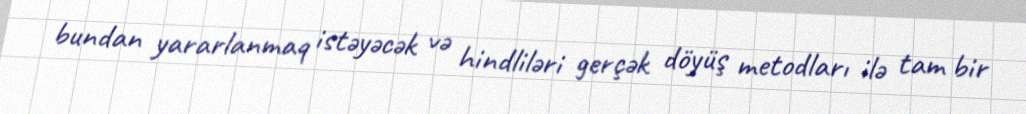
bundan yararlanmaq istəyəcək və hindliləri gerçək döyüş metodları ilə tam bir